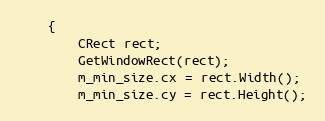
Language: C++
	{
		CRect rect;
		GetWindowRect(rect);
		m_min_size.cx = rect.Width();
		m_min_size.cy = rect.Height();